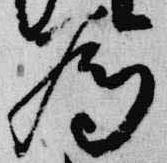
為